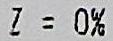
Z = 0%